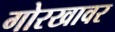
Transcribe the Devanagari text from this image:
गोरखावर